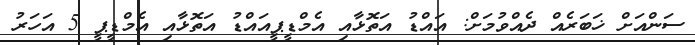
ސަންއަށް ޚަބަރެއް ދެއްވުމަށް: އައްޑު އަތޮޅާއި އެމްޑީޕީއައްޑު އަތޮޅާއި އެމްޑީޕީ 5 އަހަރު